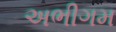
અભીગમ